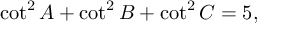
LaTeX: \cot ^ { 2 } A + \cot ^ { 2 } B + \cot ^ { 2 } C = 5 ,